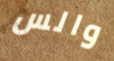
والس